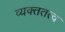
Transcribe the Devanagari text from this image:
व्यक्ततत्व